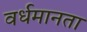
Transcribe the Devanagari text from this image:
वर्धमानता